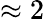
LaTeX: \approx 2